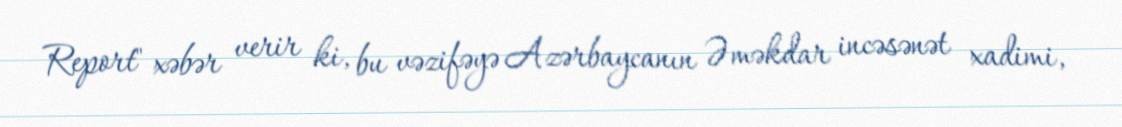
Report" xəbər verir ki, bu vəzifəyə Azərbaycanın Əməkdar incəsənət xadimi,